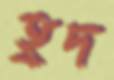
হ্রদ